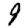
Digit: 9